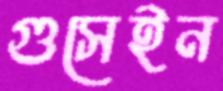
গুসেইন